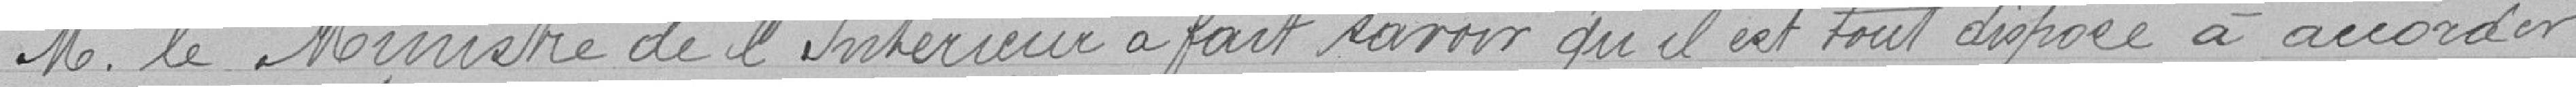
M. le Ministre de l'Intérieur a fait savoir qu'il est tout disposé à accorder